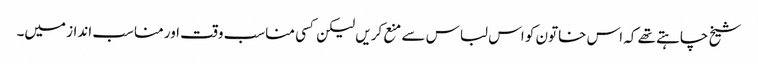
شیخ چاہتے تھے کہ اس خاتون کو اس لباس سے منع کریں لیکن کسی مناسب وقت اور مناسب انداز میں۔